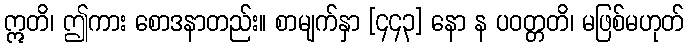
ဣတိ၊ ဤကား စောဒနာတည်း။ စာမျက်နှာ [၄၄၃] နော န ပဝတ္တတိ၊ မဖြစ်မဟုတ်